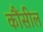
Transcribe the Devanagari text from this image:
कौंसील